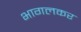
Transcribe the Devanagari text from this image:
भागलकर